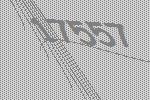
17557